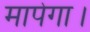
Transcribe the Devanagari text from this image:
मापेगा।